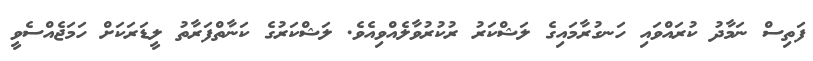
ފަތިސް ނަމާދު ކުރައްވައި ހަނގުރާމައިގެ ލަޝްކަރު ރުކުރުވާލެއްވިއެވެ. ލަޝްކަރުގެ ކަނާތްފަރާތު ލީޑަރަކަށް ހަމަޖެއްސެވީ